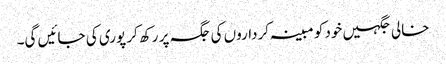
خالی جگہیں خود کو مبینہ کرداروں کی جگہ پر رکھ کر پوری کی جائیں گی۔